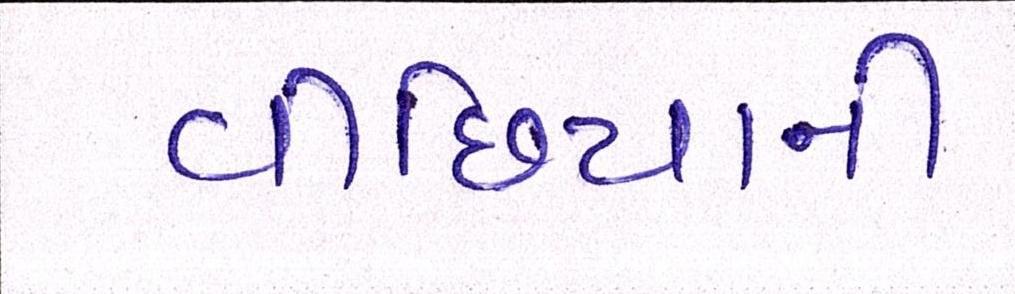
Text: વીંછિયાની